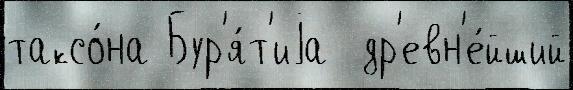
таксо́на Бур'я́т'иjа  др'евн'е́йший